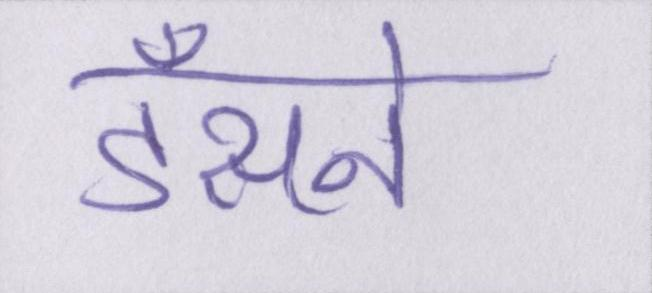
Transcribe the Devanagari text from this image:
डँसने